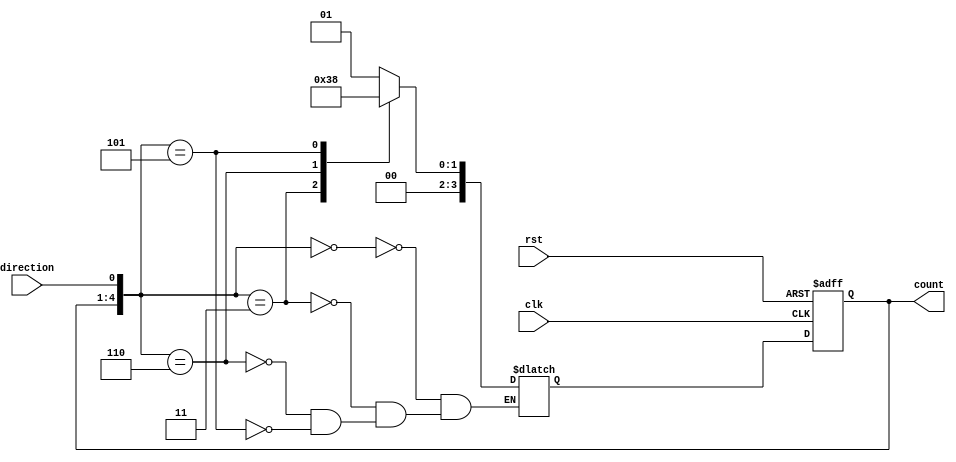
module Gray_Counter(
    input wire clk,
    input wire rst,
    input wire direction, 
    output reg [3:0] count
);

reg [3:0] next_count;

always @ (posedge clk or posedge rst)
begin
    if (rst)
        count <= 4'b0000;
    else
        count <= next_count;
end

always @ (*)
begin
    case ({count, direction})
        8'b0000_0: next_count = 4'b0001; // Increment
        8'b0001_1: next_count = 4'b0011; // Increment
        8'b0011_0: next_count = 4'b0010; // Decrement
        8'b0010_1: next_count = 4'b0000; // Decrement
        // Add more cases for larger Gray counter size
    endcase
end

endmodule